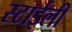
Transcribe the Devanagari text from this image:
स्टाईली